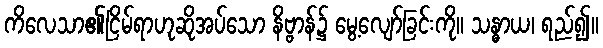
ကိလေသာ၏ငြိမ်ရာဟုဆိုအပ်သော နိဗ္ဗာန်၌ မွေ့လျော်ခြင်းကို။ သန္ဓာယ၊ ရည်၍။